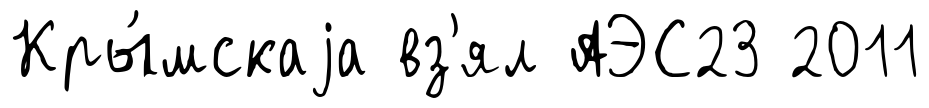
Кры́мскаjа вз'ял АЭС23 2011